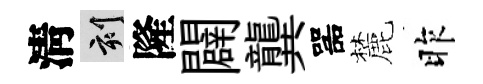
淸刻隆闢龔噐麓昨